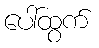
ပေါ်ထွက်